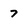
Character: 7